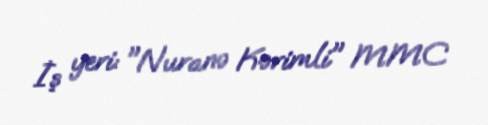
İş yeri: "Nuranə Kərimli" MMC